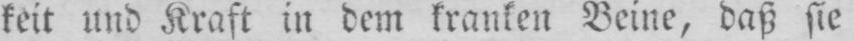
keit und Kraft in dem kranken Beine, daß sie